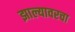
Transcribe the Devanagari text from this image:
झाल्यावरचा